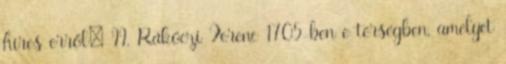
híres erről: II. Rákóczi Ferenc 1705-ben e térségben, amelyet